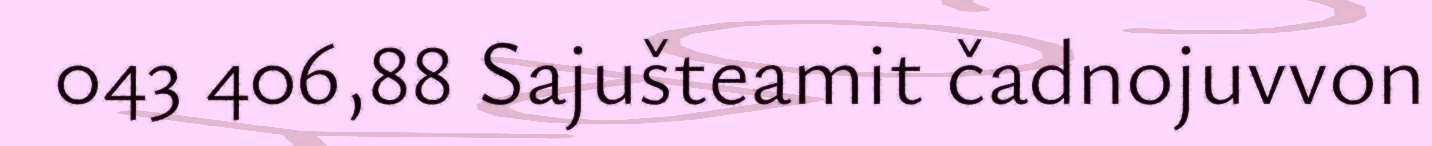
043 406,88 Sajušteamit čadnojuvvon